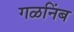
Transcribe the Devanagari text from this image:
गळनिंब